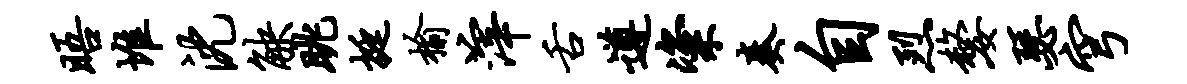
晤堆沈觖眺挺榆滓舌遵粢奏自烈嫠瑟穹